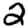
Digit: 2